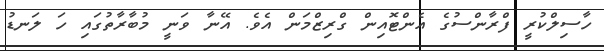
ހާސިލްކުރީ ފްރާންސުގެ އެންޓޮއިން ގްރިޒްމަން އެވެ. އޭނާ ވަނީ މުބާރާތުގައި ހަ ލަނޑު